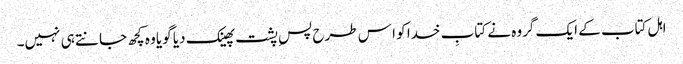
اہل کتاب کے ایک گروہ نے کتابِ خدا کو ا س طرح پسِ پشت پھینک دیا گویا وہ کچھ جانتے ہی نہیں۔